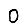
Digit: 0